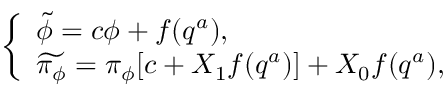
\left\{ \begin{array} { l } { { \widetilde { \phi } = c \phi + f ( q ^ { a } ) , } } \\ { { \widetilde { \pi _ { \phi } } = \pi _ { \phi } [ c + X _ { 1 } f ( q ^ { a } ) ] + X _ { 0 } f ( q ^ { a } ) , } } \end{array} \right.